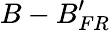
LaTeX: B-B_{FR}^{\prime}